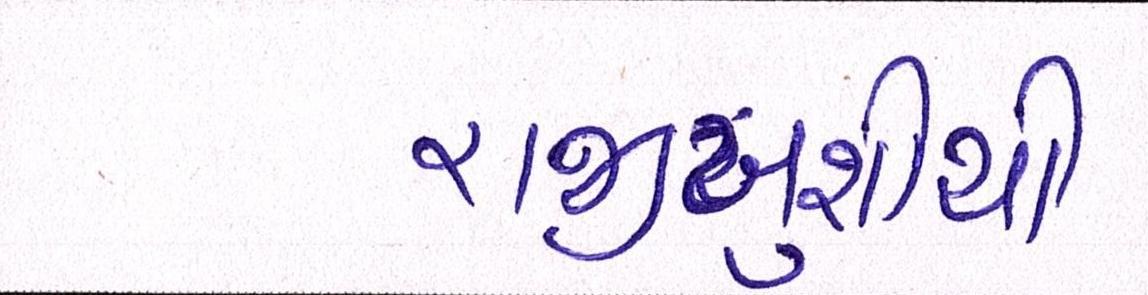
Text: રાજીખુશીથી